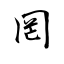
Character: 罔